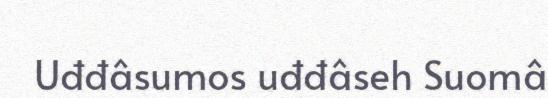
Uđđâsumos uđđâseh Suomâ